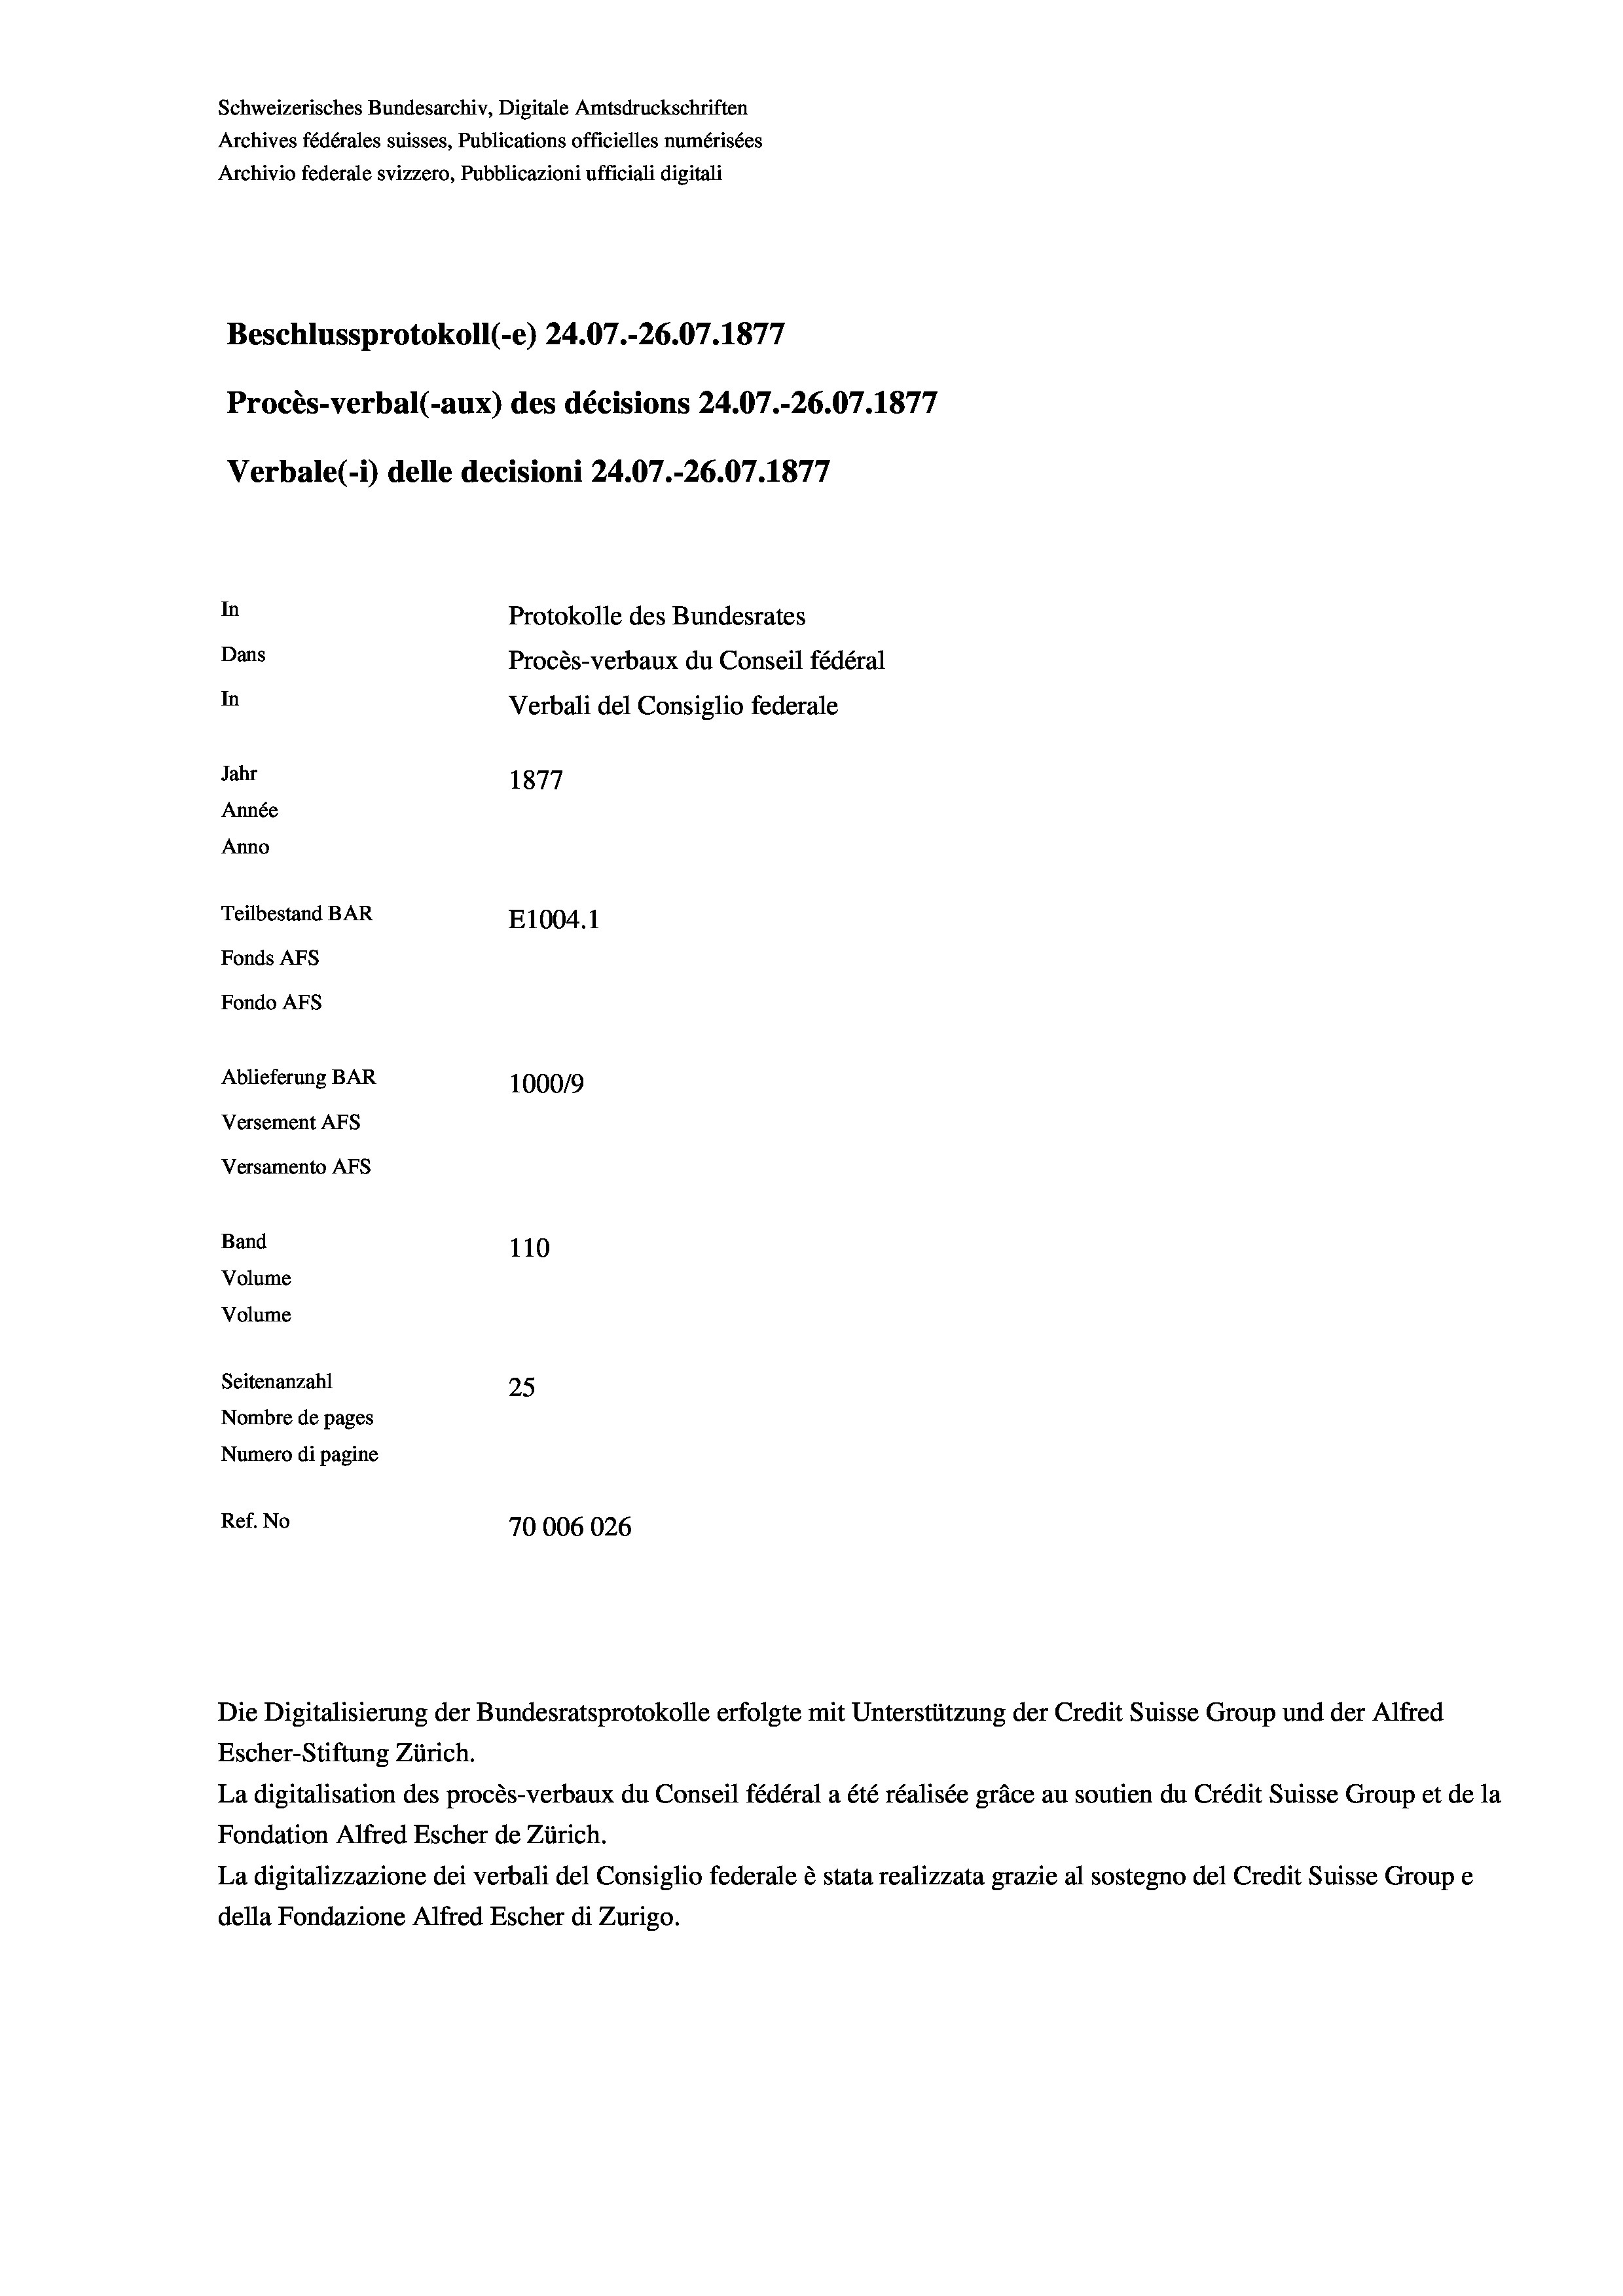
Schweizerisches Bundesarchiv, Digitale Amtsdruckschriften
Archives fédérales suisses, Publications officielles numérisées
Archivio federale svizzero, Pubblicazioni ufficiali digitali
Beschlussprotokoll (-e) 24.07.-26.07. 1877
Procès-verbal (-aux) des décisions 24.07.-26.07. 1877
Verbale (- 1) delle decisioni 24.07.-26.07. 1877
In
Protokolle des Bundesrates
Dans
Procès-verbaux du Conseil fédéral
In
Verbali del Consiglio federale
Jahr
1877
Année
Anno
Teilbestand BAR
E1004.1
Fonds AFs
Fondo AFS
Ablieferung BAR
100019
Versement AFs
Versamento AFS
Band
110
Volume
Volume
Seitenanzahl
25
Nombre de pages
Numero di pagine
Ref. No
70006026

Escher-Stiftung Zürich.
La digitalisation des procès-verbaux du Conseil fédéral a été réalisée gräce au soutien du Crédit Suisse Group et de la
Fondation Alfred Escher de Zürich.
La digitalizzazione dei verbali del Consiglio federale è stata realizzata grazie al sostegno del Credit Suisse Groupe
della Fondazione Alfred Escher di Zurigo.

Die Digitalisierung der Bundesratsprotokolle erfolgte mit Unterstützung der Credit Suisse Group und der Alfred